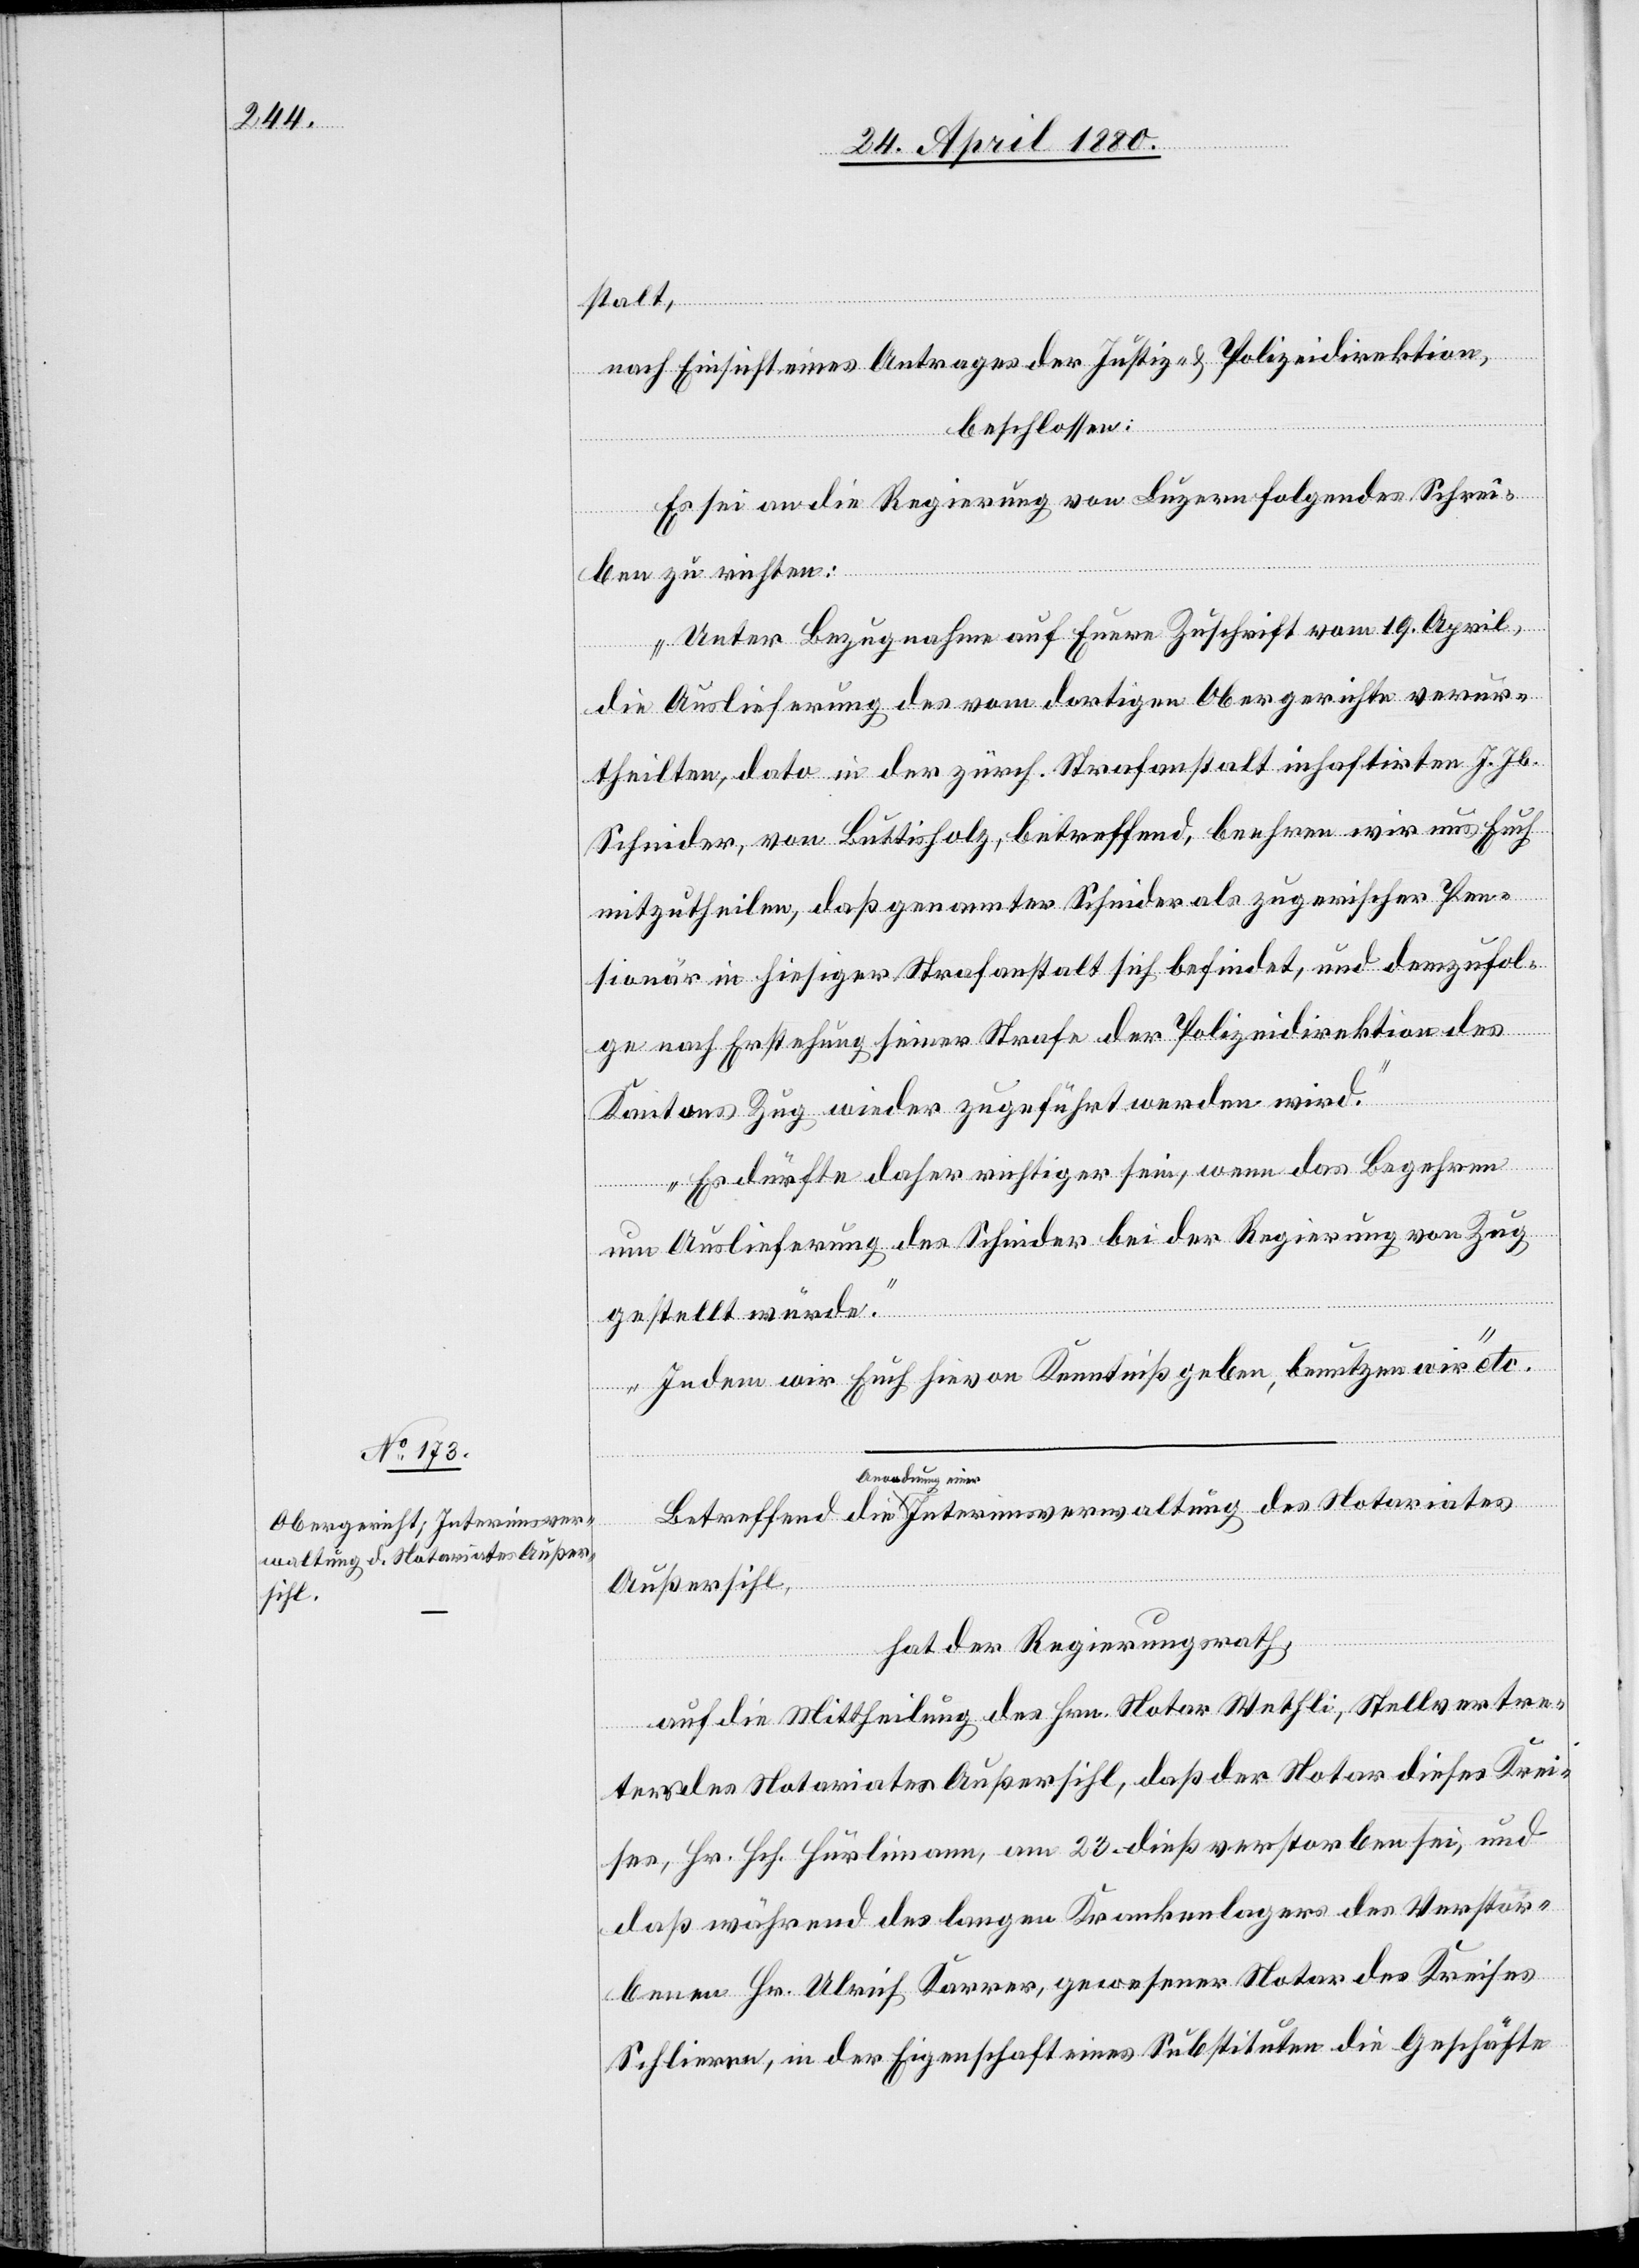
waltung des Notariates Außer¬
sihl,

28. April 1880.]
stalt,
nach Einsicht eines Antrages der Justiz- & Polizeidirektion,
beschlossen:
Es sei an die Regierung von Luzern folgendes Schrei¬
ben zu richten:
„Unter Bezugnahme auf Euere Zuschrift vom 19. April,
die Auslieferung des vom dortigen Obergerichte verur¬
theilten, dato in der zürch. Strafanstalt inhaftirten J. Jb.
Schnider, von Büttisholz, betreffend, beehren wir uns Euch
mitzutheilen, daß genannter Schnider als zugerischer Pen¬
sionär in hiesiger Strafanstalt sich befindet, und demzufol¬
ge nach Erstehung seiner Strafe der Polizeidirektion des
Kantons Zug wieder zugeführt werden wird.
Es dürfte daher richtiger sein, wenn das Begehren
um Auslieferung des Schnider bei der Regierung von Zug
gestellt würde.
Indem wir Euch hievon Kenntniß geben, benutzen wir“ etc.
Interimsver¬
hat der Regierungsrath,
auf die Mittheilung des Hrn. Notar Wethli, Stellvertre¬
ters des Notariates Außersihl, daß der Notar dieses Krei¬
ses, Hr. Hch. Hürlimann, am 23. dieß verstorben sei, und
daß während des langen Krankenlagers des Verstor¬
benen Hr. Ulrich Karrer, gewesener Notar des Kreises
Schlieren, in der Eigenschaft eines Substituten die Geschäfte